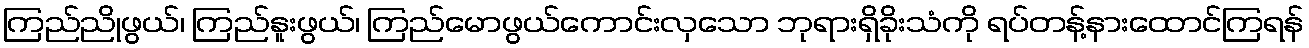
ကြည်ညိုဖွယ်၊ ကြည်နူးဖွယ်၊ ကြည်မောဖွယ်ကောင်းလှသော ဘုရားရှိခိုးသံကို ရပ်တန့်နားထောင်ကြရန်